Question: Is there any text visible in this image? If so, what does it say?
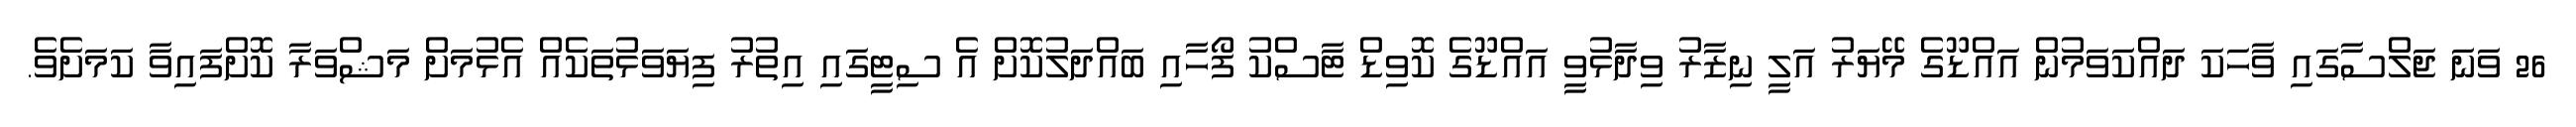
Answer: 26 ވަނަ ޖަލްސާގައި ވާހަކަ ދައްކަވަމުން އައްޑޫގެ މޭޔަރު އަލީ ނިޒާރު ވިދާޅުވީ އައްޑޫގެ ކޮވިޑް ޓާސްކު ފޯހާއި ބައްދަލުކޮށް އެ ސިޓީގައި އިތުރު ފިޔަވަޅުތަކެއް އެޅުމަށް މަޝްވަރާ ކޮށްފައިވާ ކަމަށެވެ.